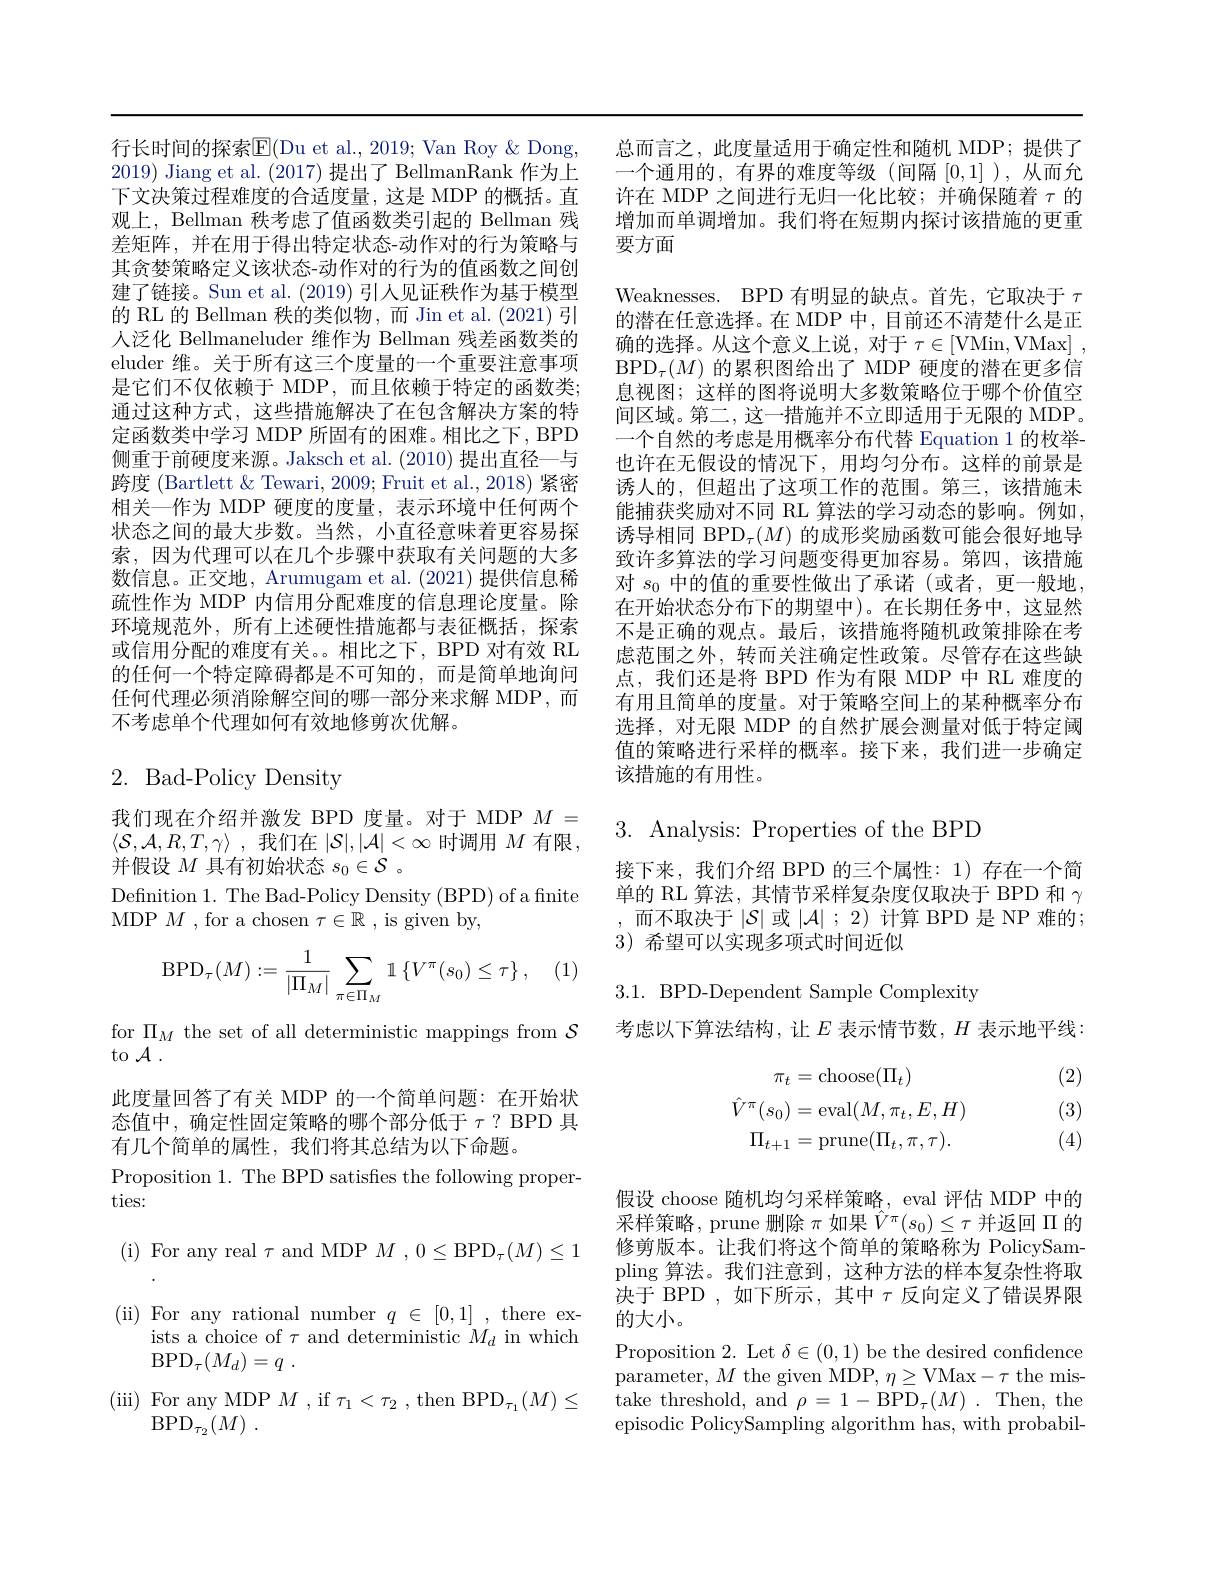
行长时间的探索$\overline{\mathrm{E}}($Du et al., 2019; Van Roy & Dong, 2019) Jiang et al. (2017) 提出了 BellmanRank 作为上下文决策过程难度的合适度量，这是 MDP 的概括。直观上，Bellman 秩考虑了值函数类引起的 Bellman 残差矩阵，并在用于得出特定状态-动作对的行为策略与其贪婪策略定义该状态-动作对的行为的值函数之间创建了链接。Sun et al. (2019)引人见证秩作为基于模型的 RL 的 Bellman 秩的类似物，而 Jin et al.(2021) 引人泛化 Bellmaneluder 维作为 Bellman 残差函数类的eluder 维。关于所有这三个度量的一个重要注意事项是它们不仅依赖于 MDP,而且依赖于特定的函数类； 通过这种方式，这些措施解决了在包含解决方案的特定函数类中学习 MDP 所固有的困难。相比之下 , BPD 侧重于前硬度来源。Jaksch et al. (2010) 提出直径一与跨度 (Bartlett & Tewari, 2009; Fruit et al., 2018) 紧密相关一作为 MDP 硬度的度量，表示环境中任何两个状态之间的最大步数。当然，小直径意味着更容易探索，因为代理可以在几个步骤中获取有关问题的大多数信息。正交地，Arumugam et al. (2021) 提供信息稀疏性作为 MDP 内信用分配难度的信息理论度量。除环境规范外，所有上述硬性措施都与表征概括，探索或信用分配的难度有关。。相比之下，BPD 对有效 RL 的任何一个特定障碍都是不可知的，而是简单地询问任何代理必须消除解空间的哪一部分来求解 MDP,而不考虑单个代理如何有效地修剪次优解。

# 2.Bad-Policy Density

我们现在介绍并激发 BPD 度量。对于 MDP $M=$ $\langle\mathcal{S},\mathcal{A},R,T,\gamma\rangle$ ,我们在$|\mathcal{S}|,|\mathcal{A}|<\infty$时调用$M$有限， 并假设$M$具有初始状态$s_0\in \mathcal{S}$ .
Defnition 1. The Bad-Policy Density (BPD) of a finite
MDP $M$ , for a chosen $\tau\in\mathbb{R}$ , is given by,

(1
$$\mathrm{BPD}_{\tau}(M):=\frac{1}{|\Pi_{M}|}\sum_{\pi\in\Pi_{M}}\mathbb{1}\left\{V^{\pi}(s_{0})\leq\tau\right\},$$
to $\mathcal{A}.$

此度量回答了有关 MDP 的一个简单问题：在开始状态值中，确定性固定策略的哪个部分低于$\tau?$ BPD 具有几个简单的属性，我们将其总结为以下命题。
Proposition 1. The BPD satisfies the following proper-
ties:
( i) For any real $\tau$ and MDP $M$ $, 0\leq \mathrm{BPD}_{\tau }( M) \leq 1$ (ii) For any rational number $q\in[0,1]$ , there ex-
ists a choice of $\tau$ and deterministic $M_d$ in which
$\mathrm{BPD}_{\tau }( M_{d}) = q$ .
(iii) For any MDP $M$ , if $\tau_1<\tau_{2}$ , then BPD$_\tau_{1}(M)\leq$
$\operatorname { BPD} _{\tau _{2}}( M)$ .

总而言之，此度量适用于确定性和随机 MDP;提供了一个通用的，有界的难度等级(间隔[0,1] ),从而允许在 MDP 之间进行无归一化比较；并确保随着$\tau$的增加而单调增加。我们将在短期内探讨该措施的更重要方面

Weaknesses. BPD 有明显的缺点。首先，它取决于$\tau$ 的潜在任意选择。在 MDP 中，目前还不清楚什么是正确的选择。从这个意义上说，对于$\tau \in [$VMin,VMax] , $\mathrm{BPD}_\tau(M)$的累积图给出了 MDP 硬度的潜在更多信息视图；这样的图将说明大多数策略位于哪个价值空间区域。第二，这一措施并不立即适用于无限的 MDP。一个自然的考虑是用概率分布代替 Equation 1 的枚举也许在无假设的情况下，用均匀分布。这样的前景是诱人的，但超出了这项工作的范围。第三，该措施未能捕获奖励对不同 RL 算法的学习动态的影响。例如， 诱导相同 BPD$_\tau(M)$的成形奖励函数可能会很好地导致许多算法的学习问题变得更加容易。第四，该措施对$s_0$中的值的重要性做出了承诺 (或者，更一般地， 在开始状态分布下的期望中)。在长期任务中，这显然不是正确的观点。最后，该措施将随机政策排除在考虑范围之外，转而关注确定性政策。尽管存在这些缺点，我们还是将 BPD 作为有限 MDP 中 RL 难度的有用且简单的度量。对于策略空间上的某种概率分布选择，对无限 MDP 的自然扩展会测量对低于特定阈值的策略进行采样的概率。接下来，我们进一步确定该措施的有用性。

3. Analysis: Properties of the BPD

接下来，我们介绍 BPD 的三个属性：1) 存在一个简单的 RL 算法，其情节采样复杂度仅取决于 BPD 和$\gamma$ ,而不取决于$|\mathcal{S}|$或$|\mathcal{A}|;2)$计算 BPD 是 NP 难的； 3)希望可以实现多项式时间近似

3.1. BPD-Dependent Sample Complexity
for $\Pi_M$ the set of all deterministic mappings from $\mathcal{S}$考虑以下算法结构，让$E$表示情节数，$H$表示地平线：

(2)
$$\begin{aligned}\pi_{t}&=\mathrm{choose}(\Pi_{t})\\\hat{V}^{\pi}(s_{0})&=\mathrm{eval}(M,\pi_{t},E,H)\\\Pi_{t+1}&=\mathrm{prune}(\Pi_{t},\pi,\tau).\end{aligned}$$
(3)

(4)

假设 choose 随机均匀采样策略，eval 评估 MDP 中的采样策略，prune 删除$\pi$如果$\hat{V}^\pi(s_0)\leq\tau$并返回$\Pi$的修剪版本。让我们将这个简单的策略称为 PolicySampling 算法。我们注意到，这种方法的样本复杂性将取决于 BPD , 如下所示 , 其中$\tau$反向定义了错误界限的大小。
Proposition 2. Let $\delta\in(0,1)$ be the desired confidence parameter, $M$ the given MDP, $\eta\geq$VMax-$\tau$ the mis take threshold, and $\rho=1-\mathrm{BPD}_{\tau}(M).$ Then, the episodic PolicySampling algorithm has, with probabil-